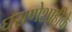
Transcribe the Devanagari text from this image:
घराणेशाहीके